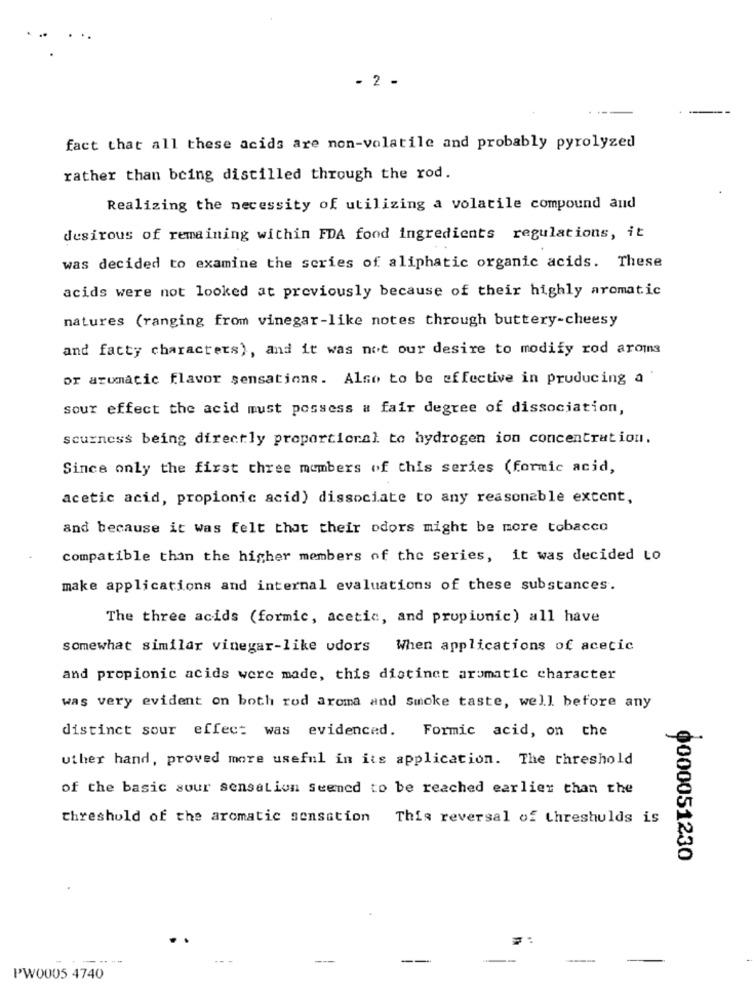
- 2 -
fact that all these acids are non-volatile and probably pyrolyzed
rather than being distilled through the rod.
Realizing the necessity of utilizing a volatile compound and
desirous of remaining within FDA food ingredients regulations, it
was decided to examine the series of aliphatic organic acids. These
acids were not looked at previously because of their highly aromatic
natures (ranging from vinegar-like notes through buttery-cheesy
and fatty characters), and it was not our desire to modify rod aroms
or aromatic flavor sensations. Also to be effective in producing a
sour effect the acid must possess a fair degree of dissociation,
scurness being directly proportional to hydrogen ion concentration.
Since only the first three members of this series (formic acid,
acetic acid, propionic acid) dissociate to any reasonable excent,
and because it was felt that their odors might be more tobacco
compatible thin the higher members of the series, it was decided to
make applications and internal evaluations of these substances.
The three acids (formic, acetic, and prupiunic) all have
somewhat similar vinegar-like udors When applications of acetic
and propionic acids were made, this distinct arumatic character
was very evident on both rod aroma and Smoke taste, well before any
distinct sour effect was evidenced. Formic acid, on the
uther hand, proved more useful in its application. The threshold
of the basic sour sensation seened to be reached earlier than the
threshold of the aromatic sensation
This reversal of threshulds is
0000051230
PW0005 4740